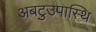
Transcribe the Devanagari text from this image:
अबटुउपास्थि